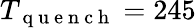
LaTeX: T_{\mathrm{~q~u~e~n~c~h~}}=245